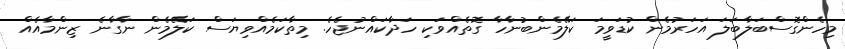
މިހެންގޮސްބަލާބަލަ އަހަރުމެން ކުޑަވީމަ ކަލޭމެންބުނާހާ ގޮތެއްވަކި ހަދާކައްނުޖެހެ. މިތާކަމެއްވިޔަސް ކަލޭމެން ނާގާނެ ޒިންމާއެއް